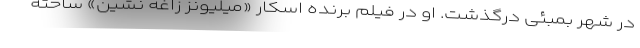
در شهر بمبئی درگذشت. او در فیلم برنده اسکار «میلیونز زاغه نشین» ساخته